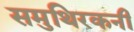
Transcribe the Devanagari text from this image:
समुथिरकनी